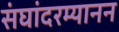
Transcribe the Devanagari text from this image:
संघांदरम्यानन